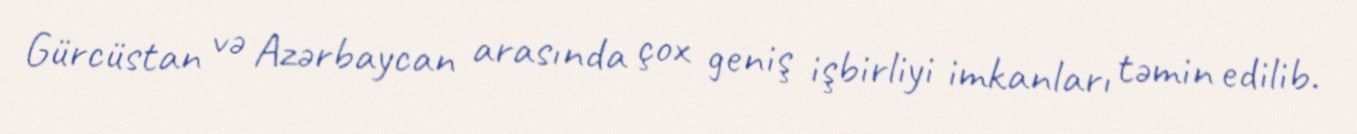
Gürcüstan və Azərbaycan arasında çox geniş işbirliyi imkanları təmin edilib.